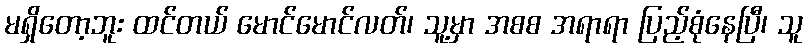
မရှိတော့ဘူး ထင်တယ် မောင်မောင်လတ်၊ သူ့မှာ အစစ အရာရာ ပြည့်စုံနေပြီ၊ သူ